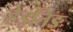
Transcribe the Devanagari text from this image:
हेइतिङ